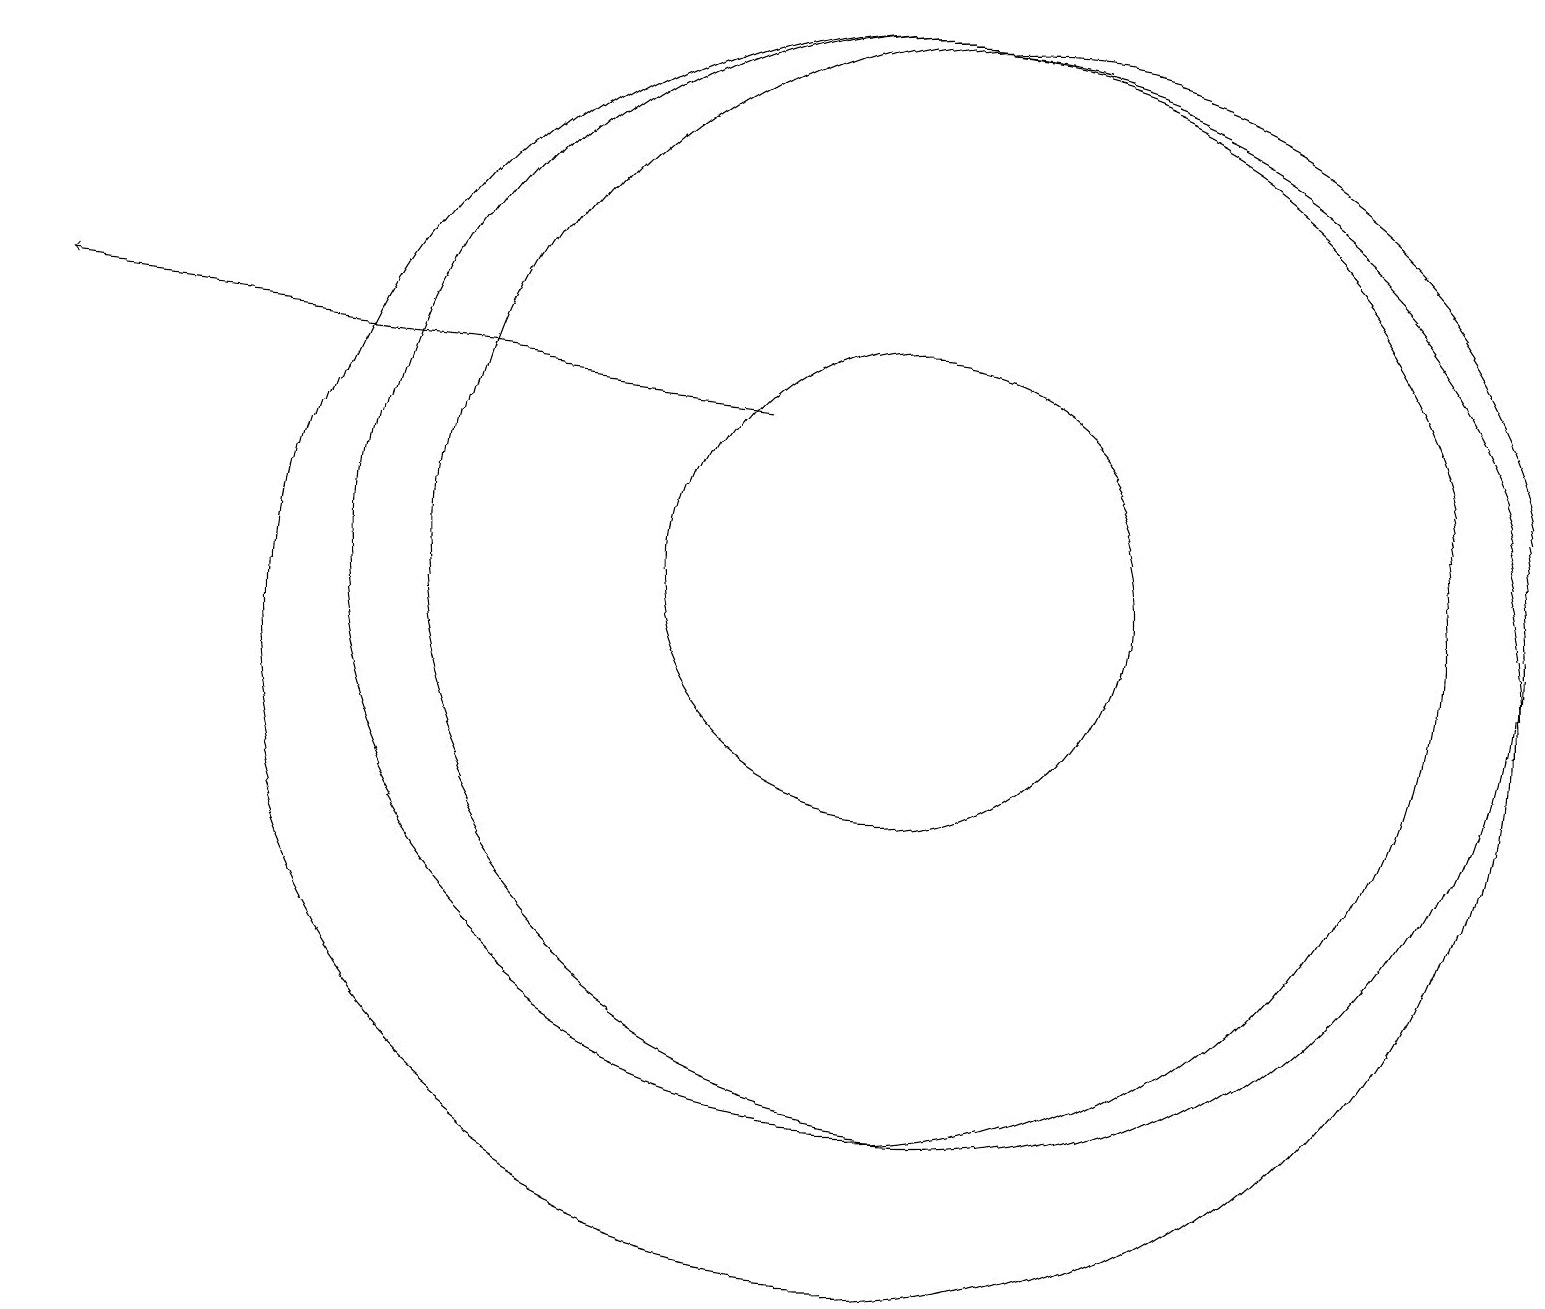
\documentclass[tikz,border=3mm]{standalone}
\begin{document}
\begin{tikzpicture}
\draw (11,12) circle (0);
\draw (11,10) circle (8);
\draw (11,11) circle (3);
\draw[->] (9,13) -- (0,14);
\draw (11,11) circle (7);
\draw (10,10) circle (0);
\draw (12,11) circle (7);
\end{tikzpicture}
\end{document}